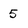
Character: 5